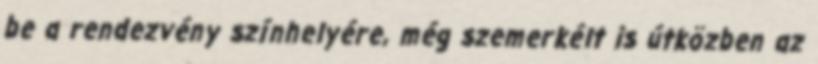
be a rendezvény színhelyére, még szemerkélt is útközben az